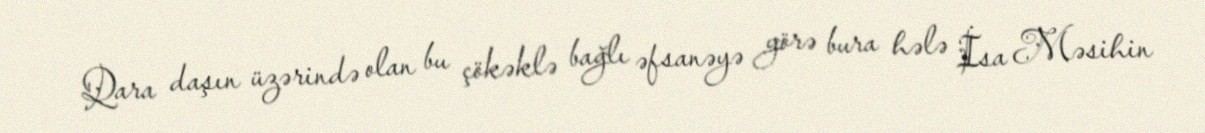
Qara daşın üzərində olan bu çökəklə bağlı əfsanəyə görə bura hələ İsa Məsihin